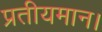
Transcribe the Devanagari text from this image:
प्रतीयमान।